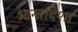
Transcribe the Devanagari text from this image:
भ्रान्तदिशा